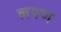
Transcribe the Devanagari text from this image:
लयण